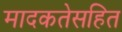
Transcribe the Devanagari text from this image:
मादकतेसहित